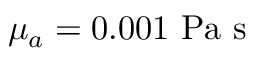
\mu _ { a } = 0 . 0 0 1 \ \mathrm { P a } \ \mathrm { s }